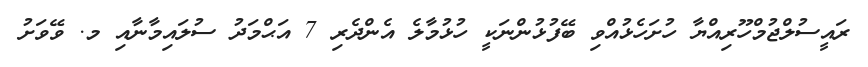
ރައީސުލްޖުމްހޫރިއްޔާ ހުށަހެޅުއްވި ބޭފުޅުންނަކީ ހުޅުމާލެ އެންދެރި 7 އަޙްމަދު ސުލައިމާނާއި މ. ވޭވަށު